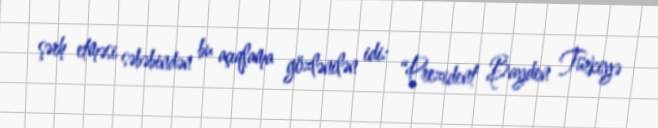
şərh etməsi səbəbindən bu açıqlama gözlənilən idi: “Prezident Bayden Türkiyə